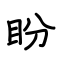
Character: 盼